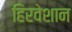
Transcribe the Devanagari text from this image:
हिरवेशान